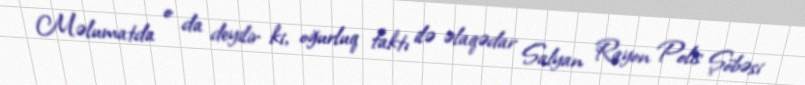
Məlumatda o da deyilir ki, oğurluq faktı ilə əlaqədar Salyan Rayon Polis Şöbəsi